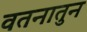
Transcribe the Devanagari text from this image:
वतनातुन